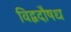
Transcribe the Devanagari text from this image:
विद्वदौषध